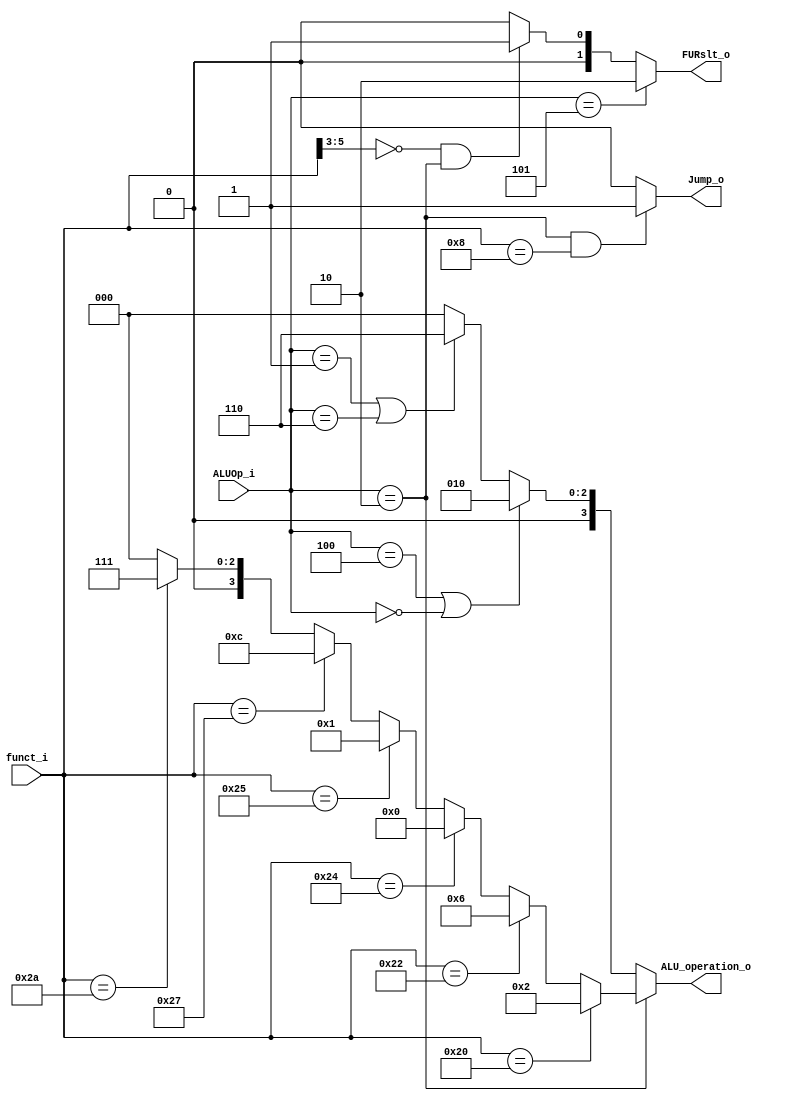
module ALU_Ctrl( funct_i, ALUOp_i, ALU_operation_o, FURslt_o, Jump_o );

//I/O ports 
input      [6-1:0] funct_i;
input      [3-1:0] ALUOp_i;

output     [4-1:0] ALU_operation_o;  
output     [2-1:0] FURslt_o;
output			   Jump_o;
     
//Internal Signals
wire		[4-1:0] ALU_operation_o;
wire		[2-1:0] FURslt_o;
wire 				Jump_o;


//Main function
/*your code here*/
assign FURslt_o = (ALUOp_i == 3'b101) ? 2'b10 : //lui
				  (funct_i[5:3] == 3'b000 && ALUOp_i == 3'b010) ? 2'b01 : //sll srl
				  2'b00;

				  
assign ALU_operation_o = (ALUOp_i == 3'b010)?(
							(funct_i == 6'b100000)? 4'b0010://add
							(funct_i == 6'b100010)? 4'b0110://sub
							(funct_i == 6'b100100)? 4'b0000://and
							(funct_i == 6'b100101)? 4'b0001://or
							(funct_i == 6'b100111)? 4'b1100://nor
							(funct_i == 6'b101010)? 4'b0111://slt
													4'b0000):
						  (ALUOp_i == 3'b100 || ALUOp_i == 3'b000)? 4'b0010: // addi  lw  sw
						  (ALUOp_i == 3'b001 || ALUOp_i == 3'b110)? 4'b0110: // beq  bne
																	4'b0000;

																	
																	
assign Jump_o = (ALUOp_i == 3'b010 && funct_i == 6'b001000) ? 1: 0;


						  
endmodule